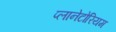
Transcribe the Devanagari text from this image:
प्लानेटोरियम